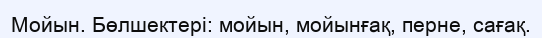
Мойын. Бөлшектері: мойын, мойынғақ, перне, сағақ.